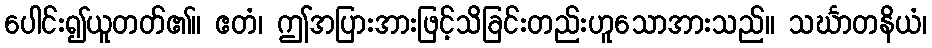
ပေါင်း၍ယူတတ်၏။ ဧတံ၊ ဤအပြားအားဖြင့်သိခြင်းတည်းဟူသောအားသည်။ သင်္ဃာတနိယံ၊